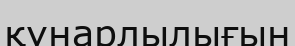
қүнарлылығын